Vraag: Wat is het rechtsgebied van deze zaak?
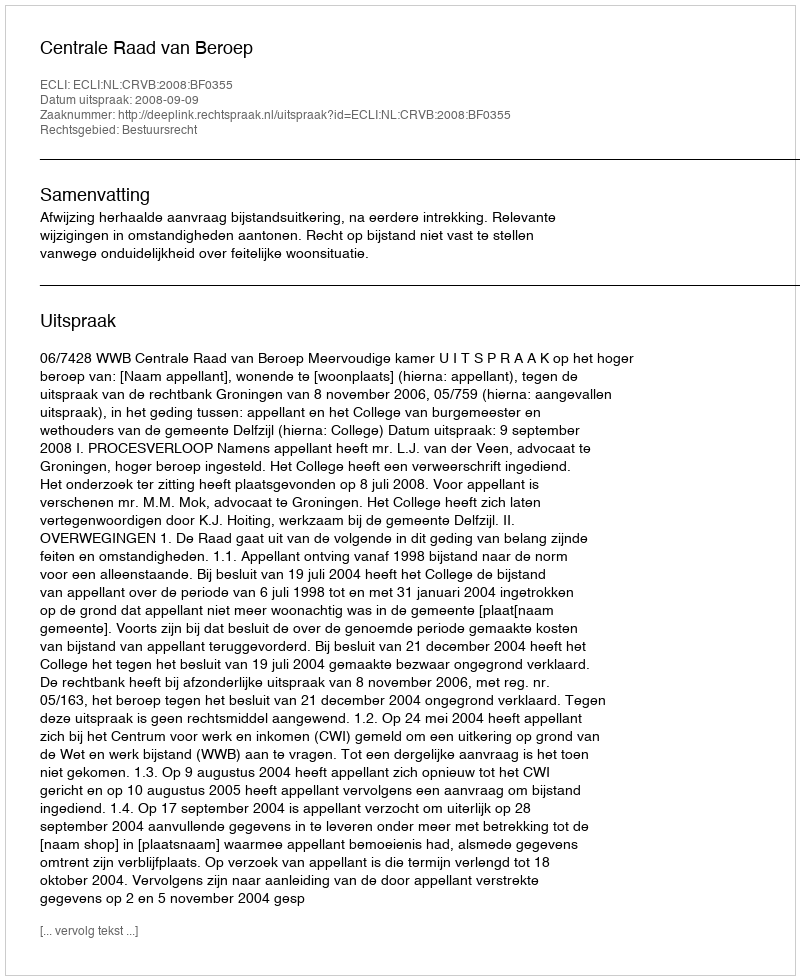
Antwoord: Bestuursrecht